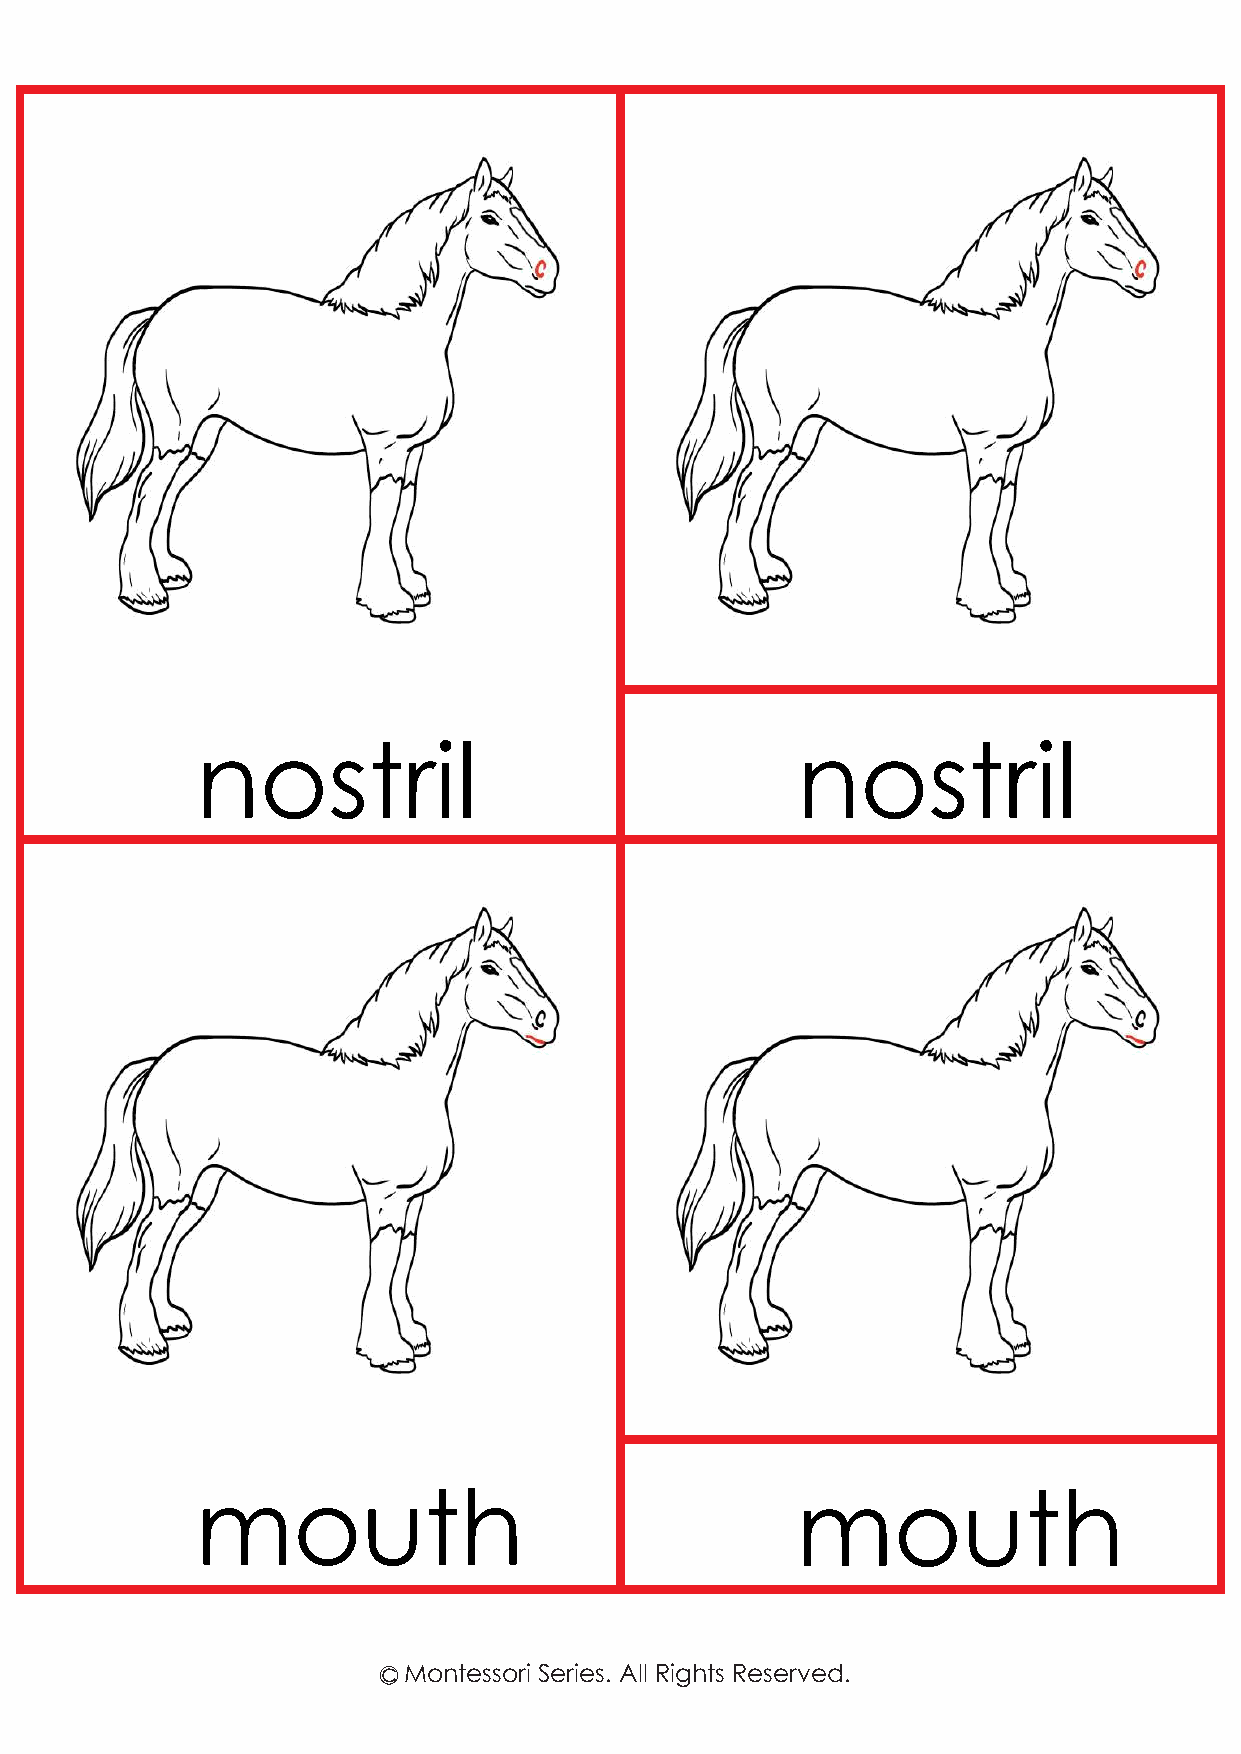
nostril                                 nostril
 mouth                                   mouth
 c Montessori Series. All Rights Reserved.